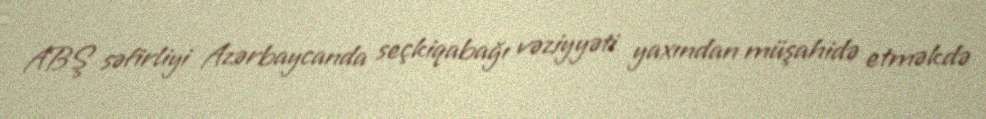
ABŞ səfirliyi Azərbaycanda seçkiqabağı vəziyyəti yaxından müşahidə etməkdə